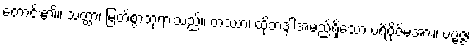
တောင်း၏။ သတ္ထာ၊ မြတ်စွာဘုရားသည်။ တဿာ၊ ထိုဘဒ္ဒါအမည်ရှိသော ပရိဗိုဇ်မအား။ ပဗ္ဗဇ္ဇံ၊